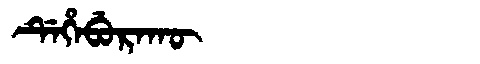
Manchu: ᡩᡝᡥᡝᠪᡠᡵᠠᡴᡡ
Romanization: DEHEBURAKŪ